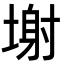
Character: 塮